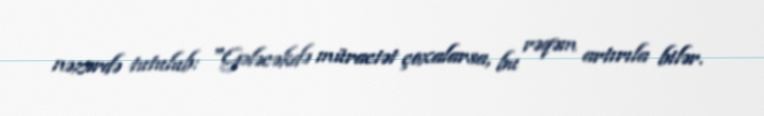
nəzərdə tutulub: "Gələcəkdə müraciət çoxalarsa, bu rəqəm artırıla bilər.